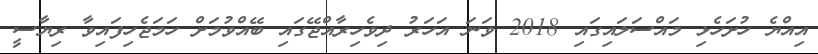
އިއްޔެ ހުށަހެޅި މައްސަލައިގައި 2018 ވަނަ އަހަރު ދިވެހިރާއްޖޭގައި ބޭއްވުމަށް ހަމަޖެހިފައިވާ ރިޔާސީ